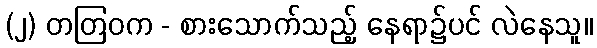
(၂) တတြဝက - စားသောက်သည့် နေရာ၌ပင် လဲနေသူ။